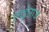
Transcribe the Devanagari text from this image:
लाईलाज